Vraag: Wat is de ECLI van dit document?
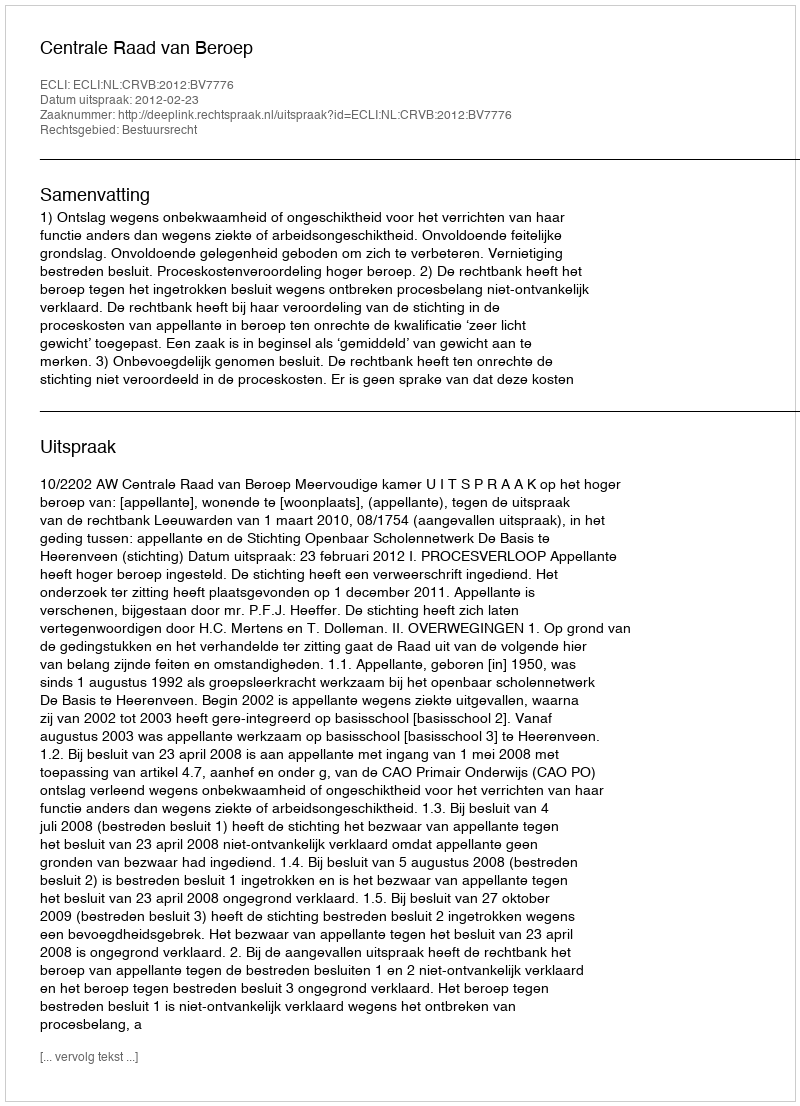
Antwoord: ECLI:NL:CRVB:2012:BV7776